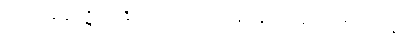
သစေ ပန န ပဋိဂ္ဂဏှန္တိ၊ အကယ်၍ကား မခံကုန်သည်ဖြစ်အံ့။ ဧဝံ သန္တေသု၊